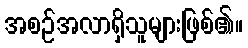
အစဉ်အလာရှိသူများဖြစ်၏။